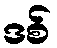
ဒစ်